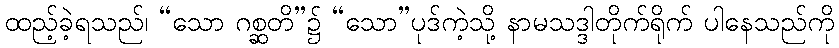
ထည့်ခဲ့ရသည်၊ “သော ဂစ္ဆတိ”၌ “သော”ပုဒ်ကဲ့သို့ နာမသဒ္ဒါတိုက်ရိုက် ပါနေသည်ကို